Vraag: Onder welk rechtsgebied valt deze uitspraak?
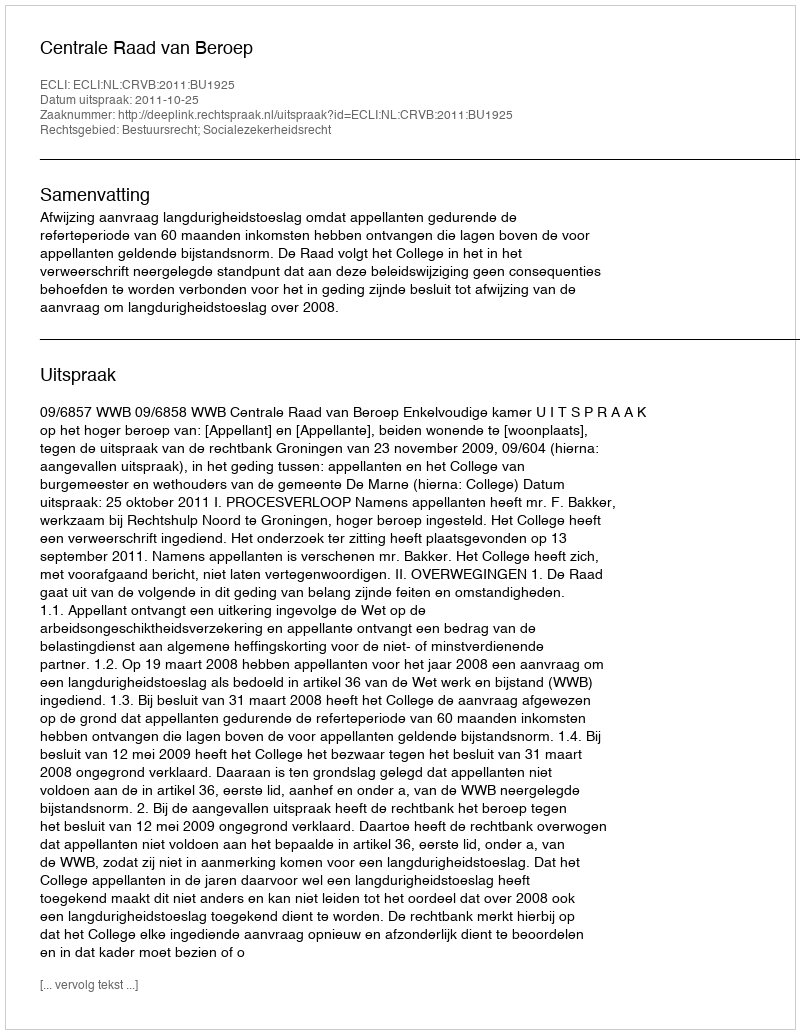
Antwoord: Bestuursrecht; Socialezekerheidsrecht